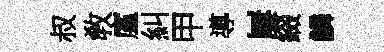
叔敎廑糾甲導屢綴鱗